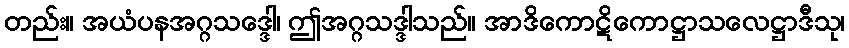
တည်း။ အယံပနအဂ္ဂသဒ္ဒေါ၊ ဤအဂ္ဂသဒ္ဒါသည်။ အာဒိကောဋိကောဋ္ဌာသလေဋ္ဌာဒီသု၊